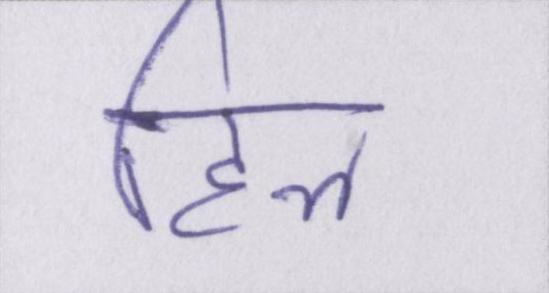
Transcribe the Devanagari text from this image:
हिल